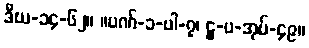
ဒီဃ-၁၄-၆၂။ ။ပဏ်-၁-ပါ-၇၊ ဋ္ဌ-ပ-အုပ်-၄၉။